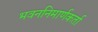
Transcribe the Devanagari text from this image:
भवननिमार्णकर्ता